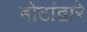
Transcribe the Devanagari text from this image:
बोटांद्वारे